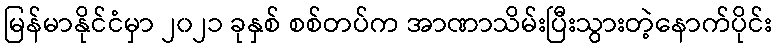
မြန်မာနိုင်ငံမှာ ၂၀၂၁ ခုနှစ် စစ်တပ်က အာဏာသိမ်းပြီးသွားတဲ့နောက်ပိုင်း